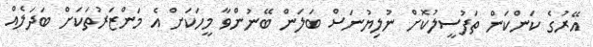
އޭރުގެ ކަންކަން ތަފުސީލުކޮށް ނުލިޔުނަސް ބަލަން ބޭނުންވާ މީހަކަށް އެ މަންޒަރުތަކަށް ބަދަލެއް